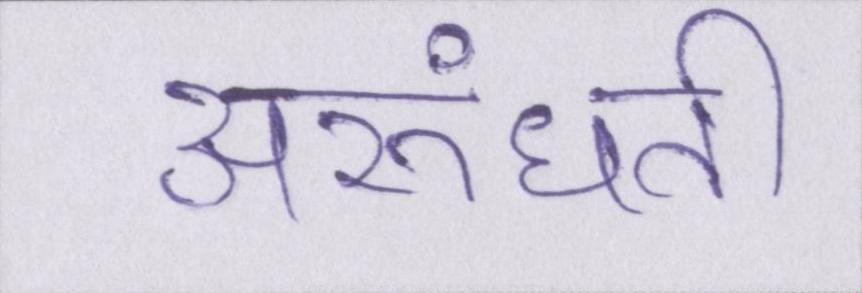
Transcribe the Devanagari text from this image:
अरुंधती